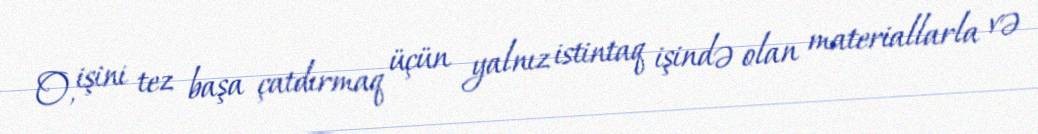
O, işini tez başa çatdırmaq üçün yalnız istintaq işində olan materiallarla və